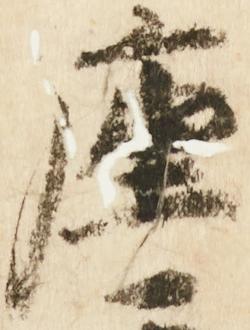
座